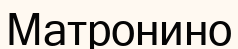
Матронино